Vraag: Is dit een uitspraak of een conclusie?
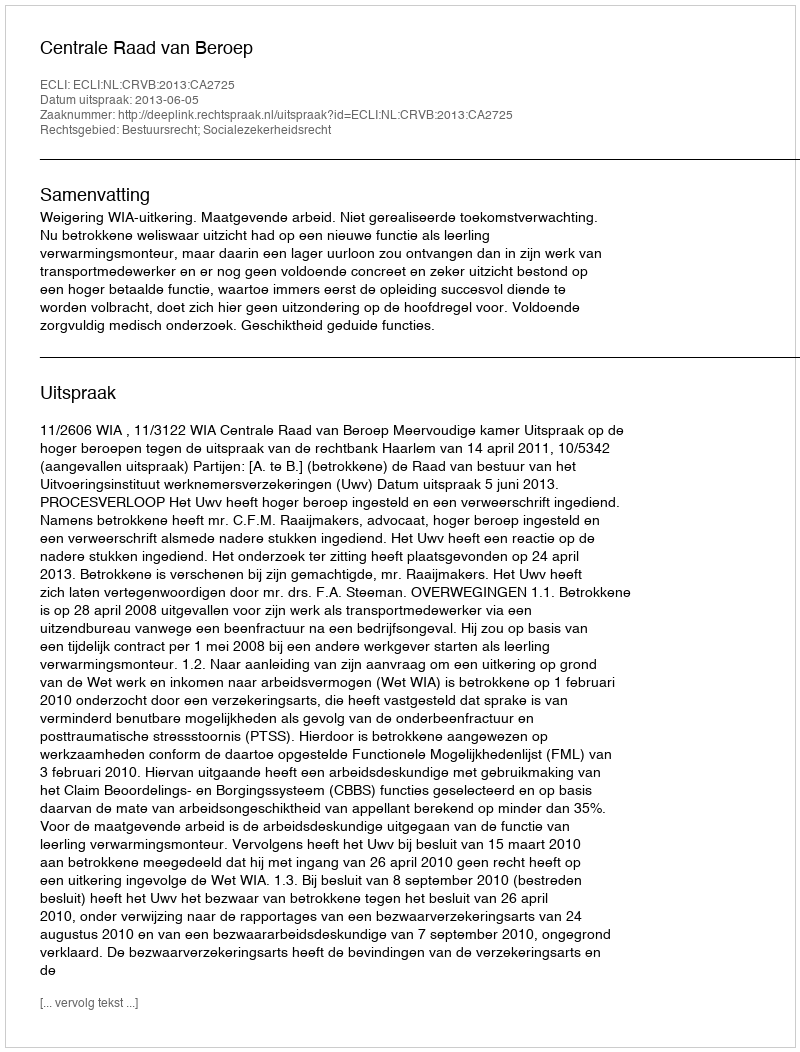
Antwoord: Uitspraak